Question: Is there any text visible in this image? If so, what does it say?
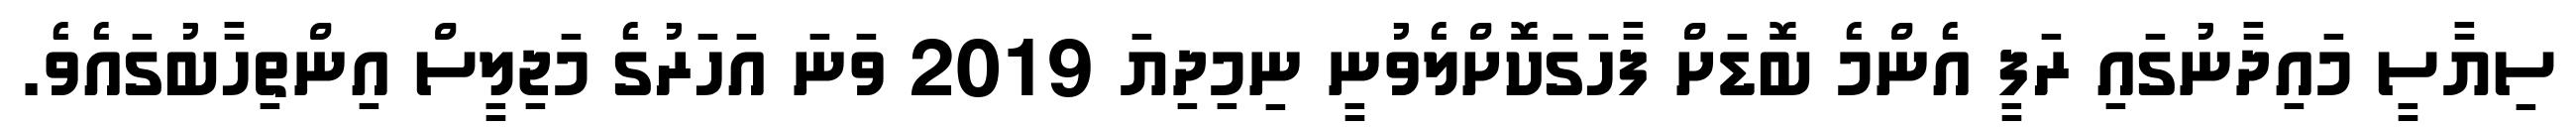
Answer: ސިޔާސީ މައިދާނުގައި ރަފީ އެންމެ ބޮޑަށް ފާހަގަކޮށްލެވުނީ ނިމިދިޔަ 2019 ވަނަ އަހަރުގެ މަޖިލީސް އިންތިހާބުގައެވެ.